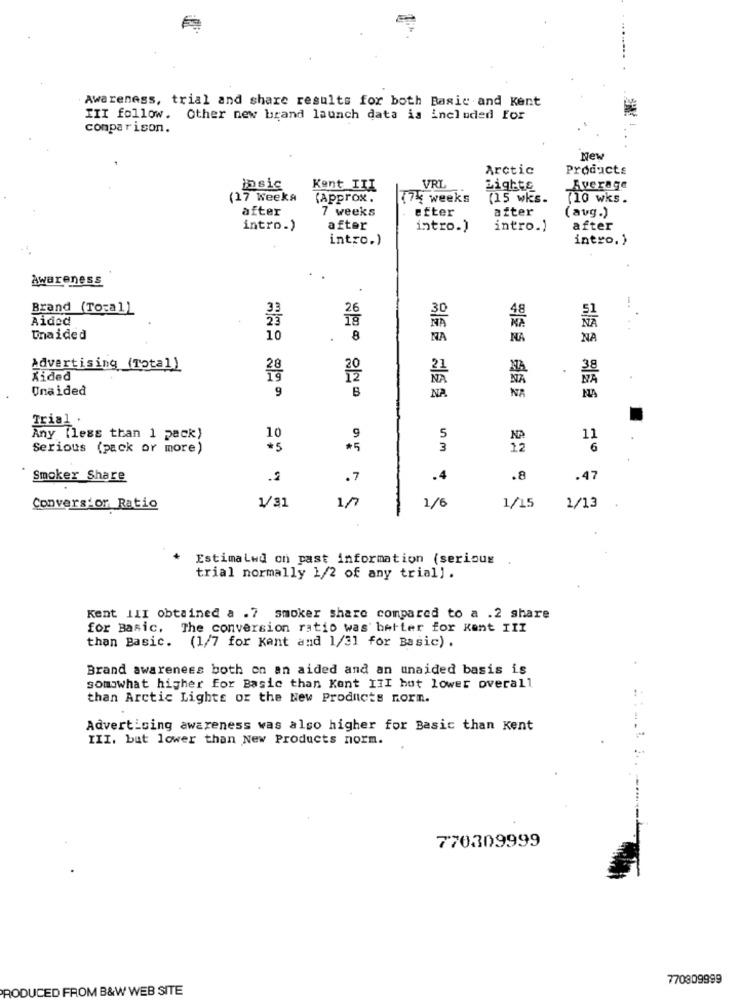
Awareness, trial and share results for both Basic and Kent
III follow. Other new brand launch data is included For
comparison.
new
Arctic
Products
VRL
Dsic
Kent III
Lighte
Average
(17 Weeks
(Approx.
174 weeks
(15 wks.
(10 wks.
after
7 weeks
efter
after
(avg.)
intro.)
after
intro.)
intro.)
after
intro.)
intro. )
awareness
Brand (To:a1)
33
26
48
Aided
25
19
Unaided
10
. 8
NA
NA
NA
Advertising (Total)
.
Aided
Unaided
9
NA
NA
Trial .
Any (less than 1 pack)
10
9
5
11
Serious (pack or more)
*5
*5
3
6
Smoker Share
.2
.7
.4
.8
.47
1/31
Conversior Ratio
1/
1/6
1/15
1/13
EstimaLwd on past information (serious
trial normally 1/2 of any trial] .
Kent III obtained a .7 smoker share compared to a .2 share
for Basic, The conversion ratio was better for kant III
than Basic. (1/7 for Kant and 1/31 for Basic) .
Brand awareness both on an aided and an unaided basis is
somowhat higher for Basic than Kont III hot lower overall
than Arctic Lights or the New Products norm.
Advertising awareness was also higher for Basic than Kent
III. but lower than New Products norm.
770309999
770809999
RODUCED FROM B&W WEB SITE